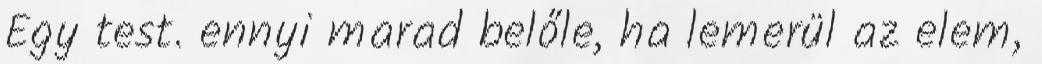
Egy test. ennyi marad belőle, ha lemerül az elem,